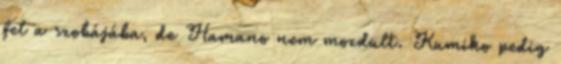
fel a szobájába, de Hamano nem mozdult. Kumiko pedig